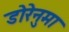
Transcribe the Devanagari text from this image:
डोरेनुमा